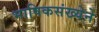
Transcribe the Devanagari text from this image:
भाषिकसंख्येने